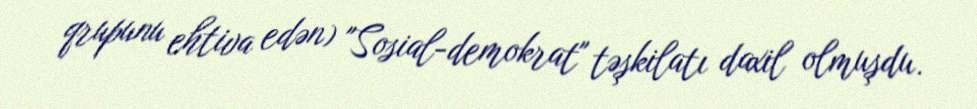
qrupunu ehtiva edən) "Sosial-demokrat" təşkilatı daxil olmuşdu.